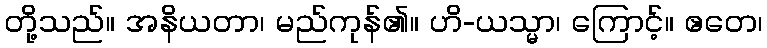
တို့သည်။ အနိယတာ၊ မည်ကုန်၏။ ဟိ-ယသ္မာ၊ ကြောင့်။ ဧတေ၊